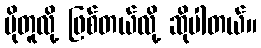
ပိုတူလို့ ဖြစ်တယ်လို့ ဆိုပါတယ်။